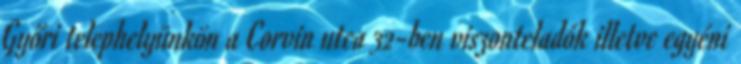
Győri telephelyünkön a Corvin utca 32-ben viszonteladók illetve egyéni